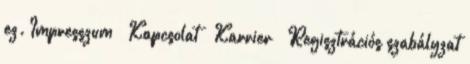
ez. Impresszum Kapcsolat Karrier Regisztrációs szabályzat